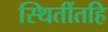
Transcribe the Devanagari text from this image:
स्थितींतहि